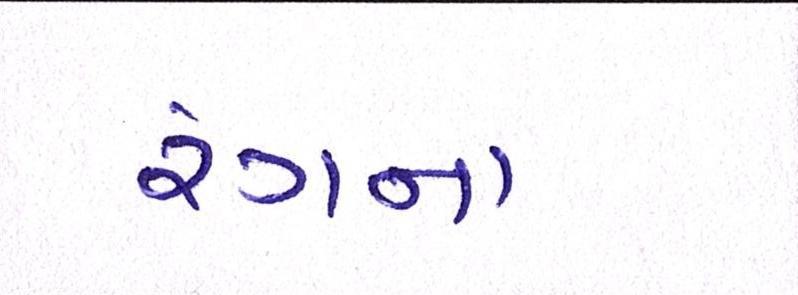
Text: રંગના